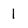
Character: 1